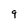
Character: 9